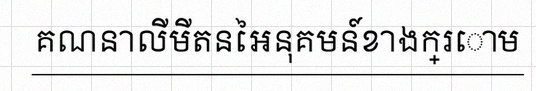
គណនាលីមីតនៃអនុគមន៍ខាងក្រោម